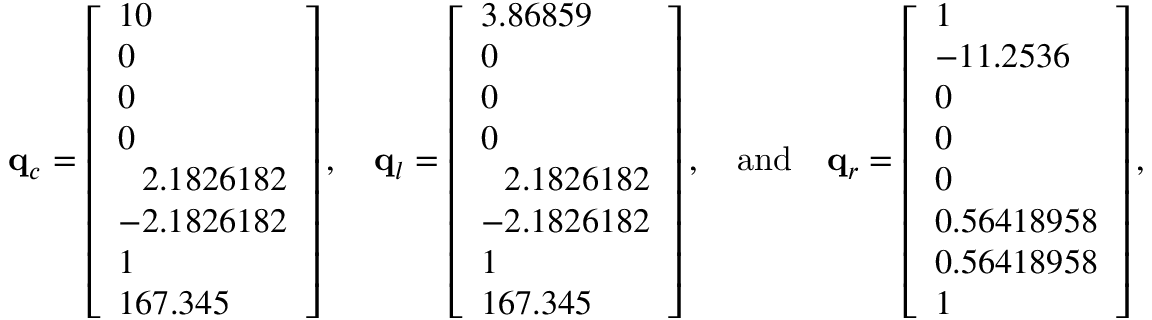
\mathbf { q } _ { c } = \left[ \begin{array} { l } { 1 0 } \\ { 0 } \\ { 0 } \\ { 0 } \\ { \phantom { - } 2 . 1 8 2 6 1 8 2 } \\ { - 2 . 1 8 2 6 1 8 2 } \\ { 1 } \\ { 1 6 7 . 3 4 5 } \end{array} \right] , \quad \mathbf { q } _ { l } = \left[ \begin{array} { l } { 3 . 8 6 8 5 9 } \\ { 0 } \\ { 0 } \\ { 0 } \\ { \phantom { - } 2 . 1 8 2 6 1 8 2 } \\ { - 2 . 1 8 2 6 1 8 2 } \\ { 1 } \\ { 1 6 7 . 3 4 5 } \end{array} \right] , \quad \mathrm { a n d } \quad \mathbf { q } _ { r } = \left[ \begin{array} { l } { 1 } \\ { - 1 1 . 2 5 3 6 } \\ { 0 } \\ { 0 } \\ { 0 } \\ { 0 . 5 6 4 1 8 9 5 8 } \\ { 0 . 5 6 4 1 8 9 5 8 } \\ { 1 } \end{array} \right] ,